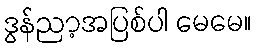
ဒွန်ညာ့အပြစ်ပါ မေမေ။